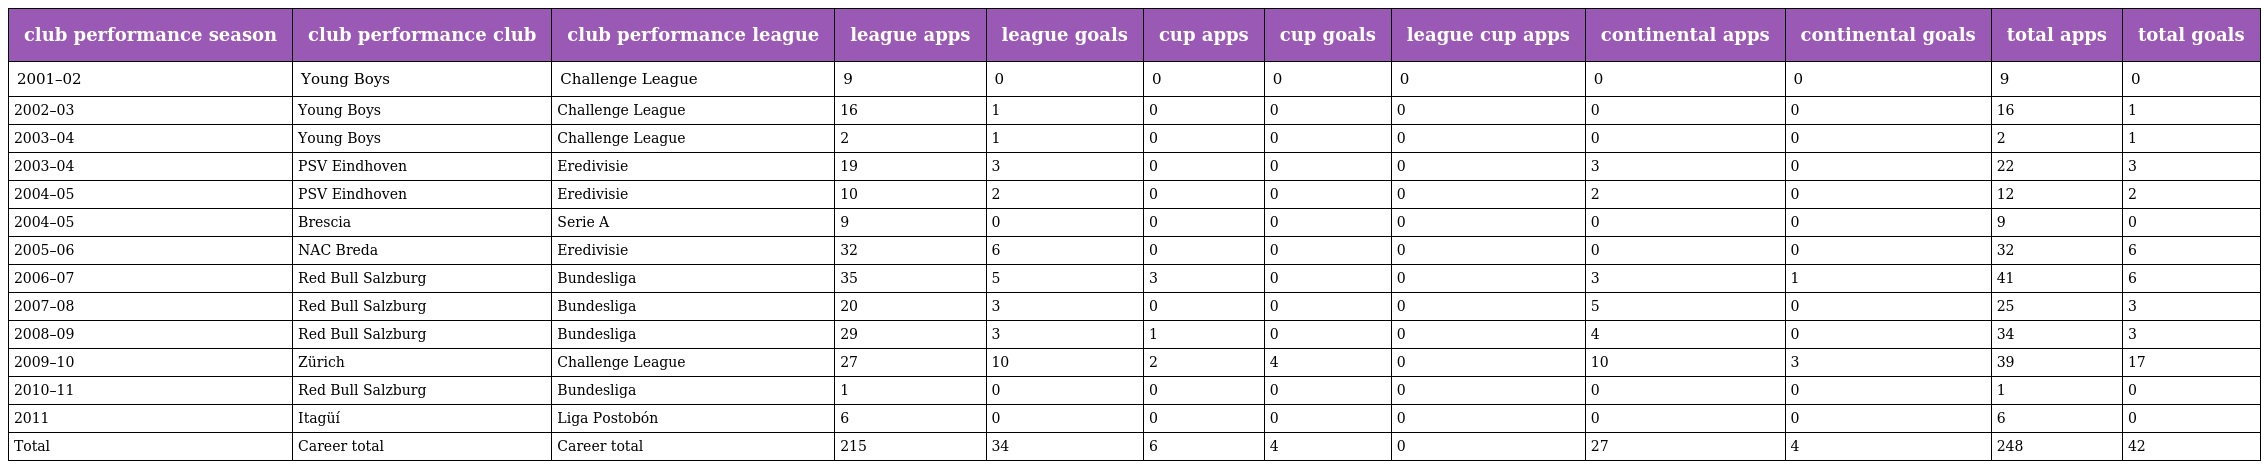
| club performance season | club performance club | club performance league | league apps | league goals | cup apps | cup goals | league cup apps | continental apps | continental goals | total apps | total goals |
 | --- | --- | --- | --- | --- | --- | --- | --- | --- | --- | --- | --- |
 | 2001–02 | Young Boys | Challenge League | 9 | 0 | 0 | 0 | 0 | 0 | 0 | 9 | 0 |
 | 2002–03 | Young Boys | Challenge League | 16 | 1 | 0 | 0 | 0 | 0 | 0 | 16 | 1 |
 | 2003–04 | Young Boys | Challenge League | 2 | 1 | 0 | 0 | 0 | 0 | 0 | 2 | 1 |
 | 2003–04 | PSV Eindhoven | Eredivisie | 19 | 3 | 0 | 0 | 0 | 3 | 0 | 22 | 3 |
 | 2004–05 | PSV Eindhoven | Eredivisie | 10 | 2 | 0 | 0 | 0 | 2 | 0 | 12 | 2 |
 | 2004–05 | Brescia | Serie A | 9 | 0 | 0 | 0 | 0 | 0 | 0 | 9 | 0 |
 | 2005–06 | NAC Breda | Eredivisie | 32 | 6 | 0 | 0 | 0 | 0 | 0 | 32 | 6 |
 | 2006–07 | Red Bull Salzburg | Bundesliga | 35 | 5 | 3 | 0 | 0 | 3 | 1 | 41 | 6 |
 | 2007–08 | Red Bull Salzburg | Bundesliga | 20 | 3 | 0 | 0 | 0 | 5 | 0 | 25 | 3 |
 | 2008–09 | Red Bull Salzburg | Bundesliga | 29 | 3 | 1 | 0 | 0 | 4 | 0 | 34 | 3 |
 | 2009–10 | Zürich | Challenge League | 27 | 10 | 2 | 4 | 0 | 10 | 3 | 39 | 17 |
 | 2010–11 | Red Bull Salzburg | Bundesliga | 1 | 0 | 0 | 0 | 0 | 0 | 0 | 1 | 0 |
 | 2011 | Itagüí | Liga Postobón | 6 | 0 | 0 | 0 | 0 | 0 | 0 | 6 | 0 |
 | Total | Career total | Career total | 215 | 34 | 6 | 4 | 0 | 27 | 4 | 248 | 42 |